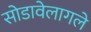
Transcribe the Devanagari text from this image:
सोडावेलागले